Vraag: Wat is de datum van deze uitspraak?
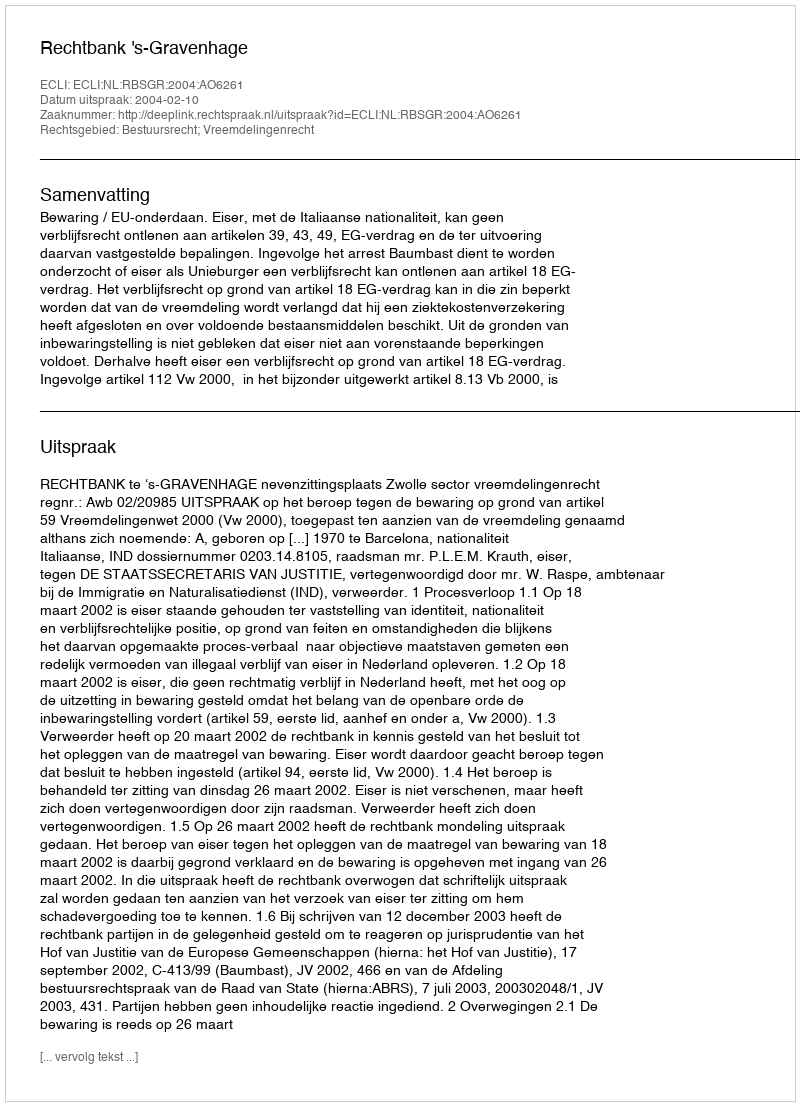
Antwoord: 2004-02-10